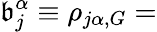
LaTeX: \mathfrak{b}_{j}^{\alpha}\equiv\rho_{j\alpha,G}=